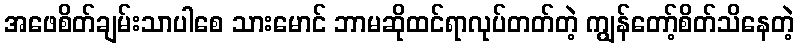
အဖေစိတ်ချမ်းသာပါစေ သားမောင် ဘာမဆိုထင်ရာလုပ်တတ်တဲ့ ကျွန်တော့်စိတ်သိနေတဲ့